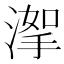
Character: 𣹤